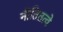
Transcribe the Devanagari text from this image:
नीतितत्वे